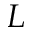
L